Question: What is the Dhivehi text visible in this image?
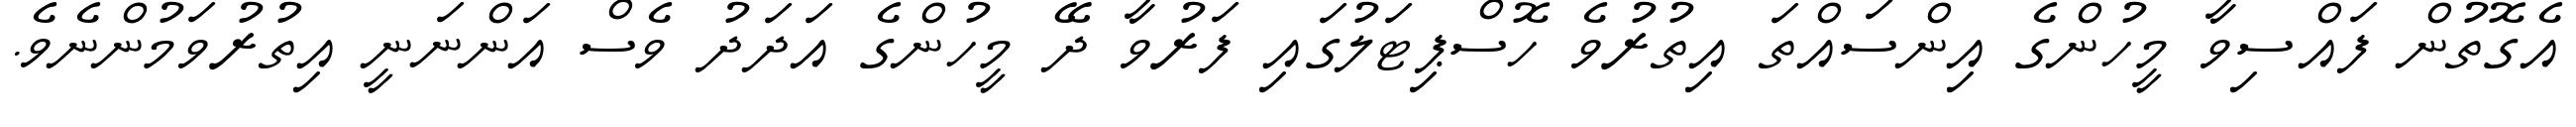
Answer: އެގޮތުން ފައްސިވާ މީހުންގެ އިންސައްތަ އިތުރުވެ ހޮސްޕިޓަލުގައި ފަރުވާ ދޭ މީހުންގެ އަދަދު ވެސް އަންނަނީ އިތުރުވަމުންނެވެ.